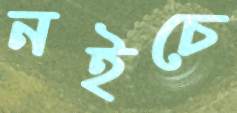
নইচে